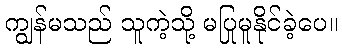
ကျွန်မသည် သူကဲ့သို့ မပြုမူနိုင်ခဲ့ပေ။